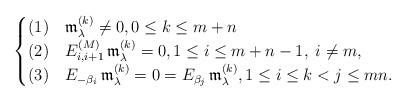
LaTeX: \begin{align*}\begin{cases}(1)&\mathfrak{m}_\lambda^{(k)}\neq 0,0\leq k\leq m+n\\(2)&E_{i,i+1}^{(M)}\, \mathfrak{m}_\lambda^{(k)}=0 , 1\leq i\leq m+n-1,\; i \neq m,\\(3)&E_{-\beta_i}\, \mathfrak{m}_\lambda^{(k)}=0=E_{\beta_j}\, \mathfrak{m}_\lambda^{(k)}, 1\leq i\leq k< j\leq mn.\end{cases}\end{align*}